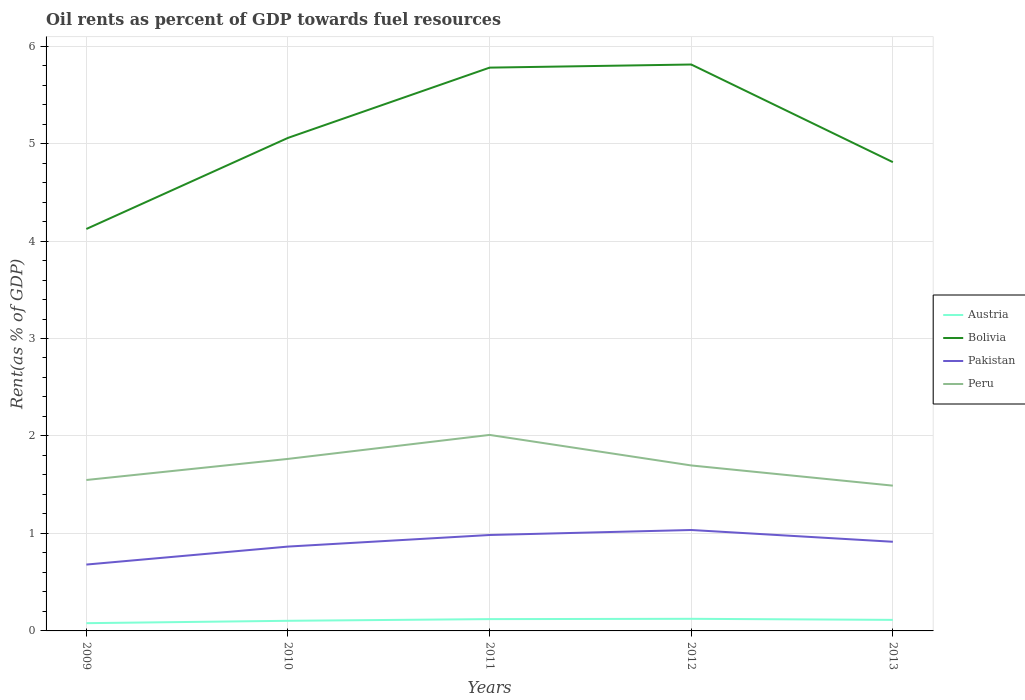
| Years | Austria | Bolivia | Pakistan | Peru |
 | --- | --- | --- | --- | --- |
 | 2009 | 0.0796 | 4.12 | 0.681 | 1.55 |
 | 2010 | 0.104 | 5.06 | 0.865 | 1.76 |
 | 2011 | 0.121 | 5.78 | 0.984 | 2.01 |
 | 2012 | 0.124 | 5.81 | 1.04 | 1.7 |
 | 2013 | 0.113 | 4.81 | 0.915 | 1.49 |